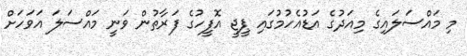
މި މައްސަލައިގެ މިއަދުގެ އަޑުއެހުމުގައި ޕީޖީ އޮފީހުގެ ފަރާތުން ވަނީ މައްސަލަ އަވަހަށް